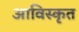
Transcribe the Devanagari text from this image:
आविस्कृत